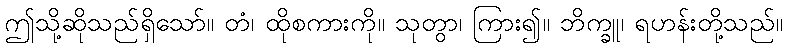
ဤသို့ဆိုသည်ရှိသော်။ တံ၊ ထိုစကားကို။ သုတွာ၊ ကြား၍။ ဘိက္ခူ၊ ရဟန်းတို့သည်။